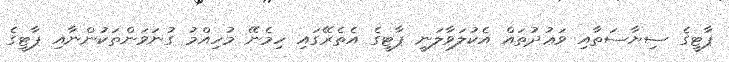
ޕާޓީގެ ސިޔާސަތާއި ވަޢުދުތައް އެކުލަވާލަނީ ޕާޓީގެ އެތެރޭގައި ހިމެނޭ މުހިއްމު ގުނަވަންތަކުންނާއި ޕާޓީގެ